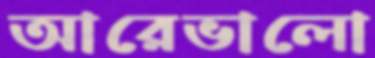
আরেভালো